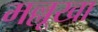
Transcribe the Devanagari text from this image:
मल्लूखा